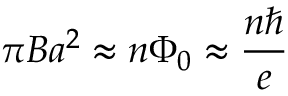
\pi B a ^ { 2 } \approx n \Phi _ { 0 } \approx \frac { n \hbar } { e }